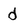
Character: d